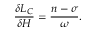
\frac { \delta L _ { C } } { \delta H } = \frac { n - \sigma } { \omega } .